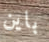
باين